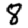
Digit: 8